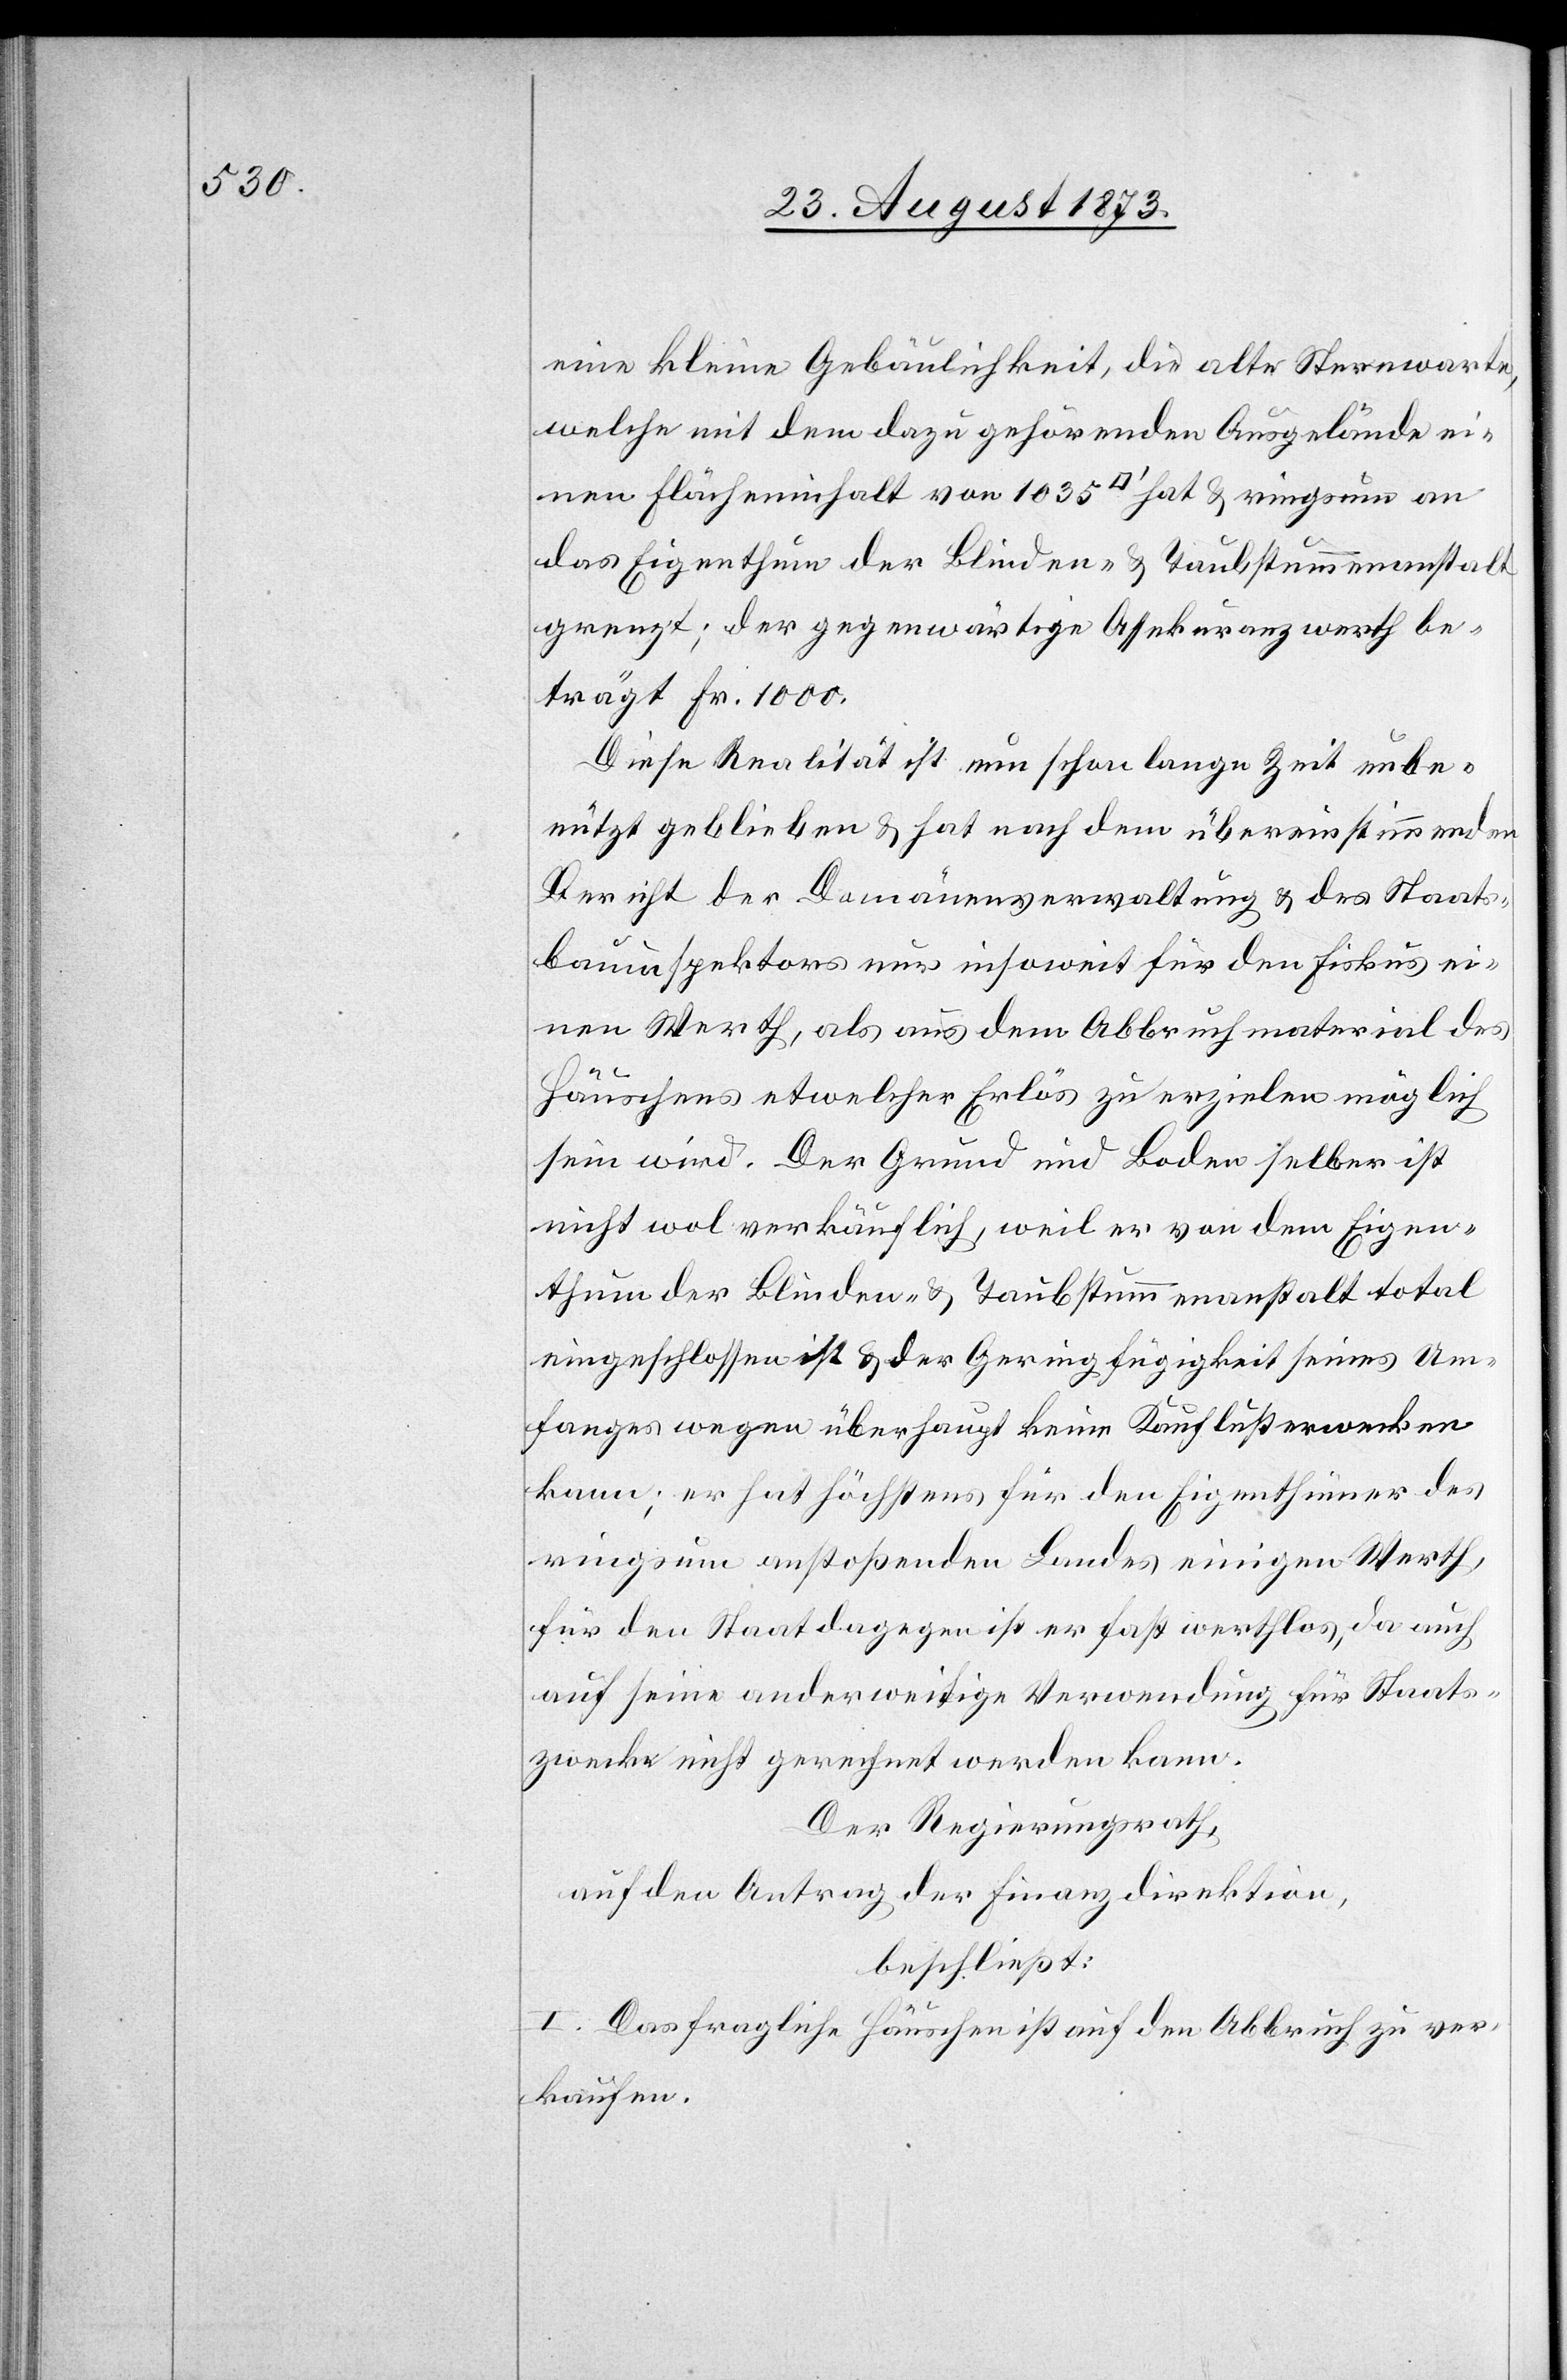
eine kleine Gebäulichkeit, die alte Sternwarte,
welche mit dem dazu gehörenden Ausgelände ei¬
nen Flächeninhalt von 1 035 [Quadratfuss] hat & ringsum an
das Eigenthum der Blinden- & Taubstummenanstalt
grenzt; der gegenwärtige Assekuranzwerth be¬
trägt Fr. 1 000.
Diese Realität ist nun schon lange Zeit unbe¬
nützt geblieben & hat nach dem übereinstimmenden
Bericht der Domänenverwaltung & des Staats¬
bauinspektors nur insoweit für den Fiskus ei¬
nen Werth, als aus dem Abbruchmaterial des
Häuschens etwelcher Erlös zu erzielen möglich
sein wird. Der Grund und Boden selber ist
nicht wol verkäuflich, weil er von dem Eigen¬
thum der Blinden- & Taubstummenanstalt total
eingeschlossen ist & der Geringfügigkeit seines Um¬
fanges wegen überhaupt keine Kauflust erwecken
kann; er hat höchstens für den Eigenthümer des
ringsum anstoßenden Landes einigen Werth,
für den Staat dagegen ist er fast werthlos, da auch
auf seine anderweitige Verwendung für Staats¬
zwecke nicht gerechnet werden kann.
Der Regierungsrath,
auf den Antrag der Finanzdirektion,
beschließt:
I. Das fragliche Häuschen ist auf den Abbruch zu ver¬
kaufen.